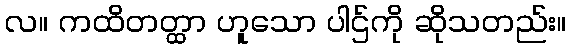
လ။ ကထိတတ္ထာ ဟူသော ပါဌ်ကို ဆိုသတည်း။